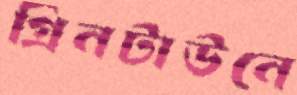
গ্রিনটাউনে